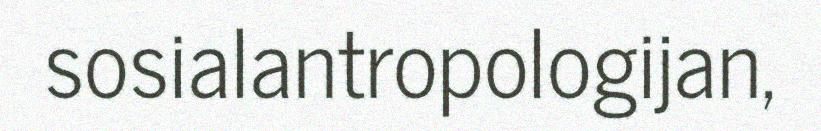
sosialantropologijan,